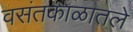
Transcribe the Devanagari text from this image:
वसंतकाळातले